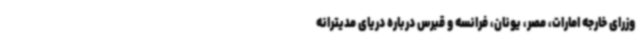
وزرای خارجه امارات، مصر، یونان، فرانسه و قبرس درباره دریای مدیترانه